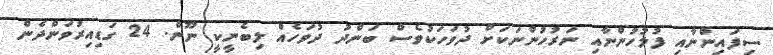
ސިފައިންނާއި ފުލުހުންނާއި ނަރުހުންނަކަށް ދުވަހަކުވެސް ބަންދު ދުވަހެއް ލިބެނީކީ ނޫން. 24 ގަޑިއިރުވަންދެން